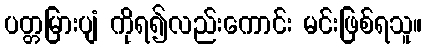
ပတ္တမြားပျံ ကိုရ၍လည်းကောင်း မင်းဖြစ်ရသူ။